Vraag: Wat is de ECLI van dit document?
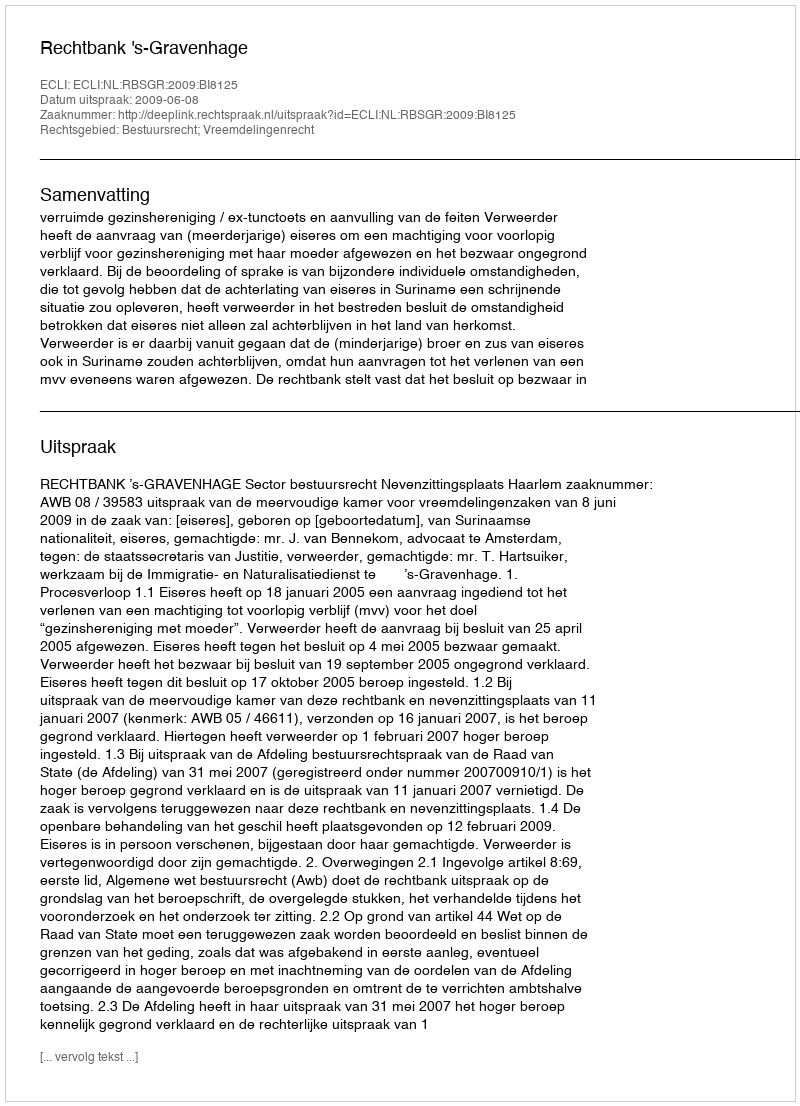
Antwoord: ECLI:NL:RBSGR:2009:BI8125